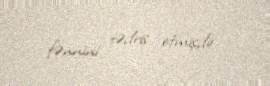
fənnini tədris etmişdir.